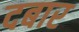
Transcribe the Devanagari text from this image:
दबार